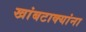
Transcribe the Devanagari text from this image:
खांबटाक्यांना